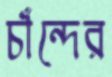
চাঁন্দের